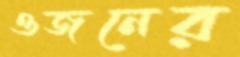
ওজনের